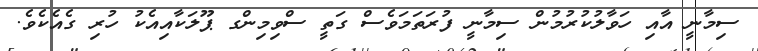
ސިމާނީ އާއި ހަވާލުކުރުމުން ސިމާނީ ފުރަތަމަވެސް ގަތީ ސްވިމިންގ ޕޫލަކާއިއެކު ހުރި ގެއެކެވެ.